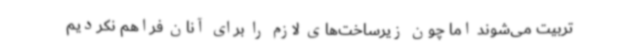
تربیت می‌شوند اما چون زیرساخت‌های لازم را برای آنان فراهم نکردیم